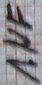
Text: 1µF